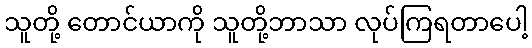
သူတို့ တောင်ယာကို သူတို့ဘာသာ လုပ်ကြရတာပေါ့